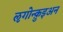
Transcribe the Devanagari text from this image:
ऌगोन्क़ुइअन